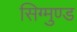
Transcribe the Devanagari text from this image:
सिग्मुण्ड